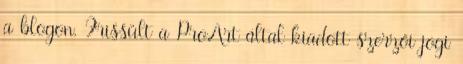
a blogon. Frissült a ProArt által kiadott szerzői jogi